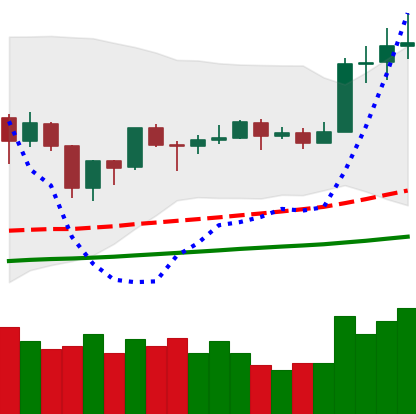
Ticker: TRX-USD
Chart end date: 2019-06-25
Forward return: -17.164%
Label: down_7plus